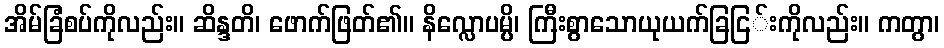
အိမ်ခြံစပ်ကိုလည်း။ ဆိန္ဒတိ၊ ဖောက်ဖြတ်၏။ နိလ္လောပမ္ပိ၊ ကြီးစွာသောယုယက်ခြငြ်းကိုလည်း။ ကတွာ၊